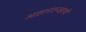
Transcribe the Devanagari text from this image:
आहारतज्‍ज्ञाची